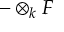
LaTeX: - \otimes _ { k } F